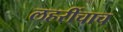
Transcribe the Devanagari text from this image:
लहरींचाच